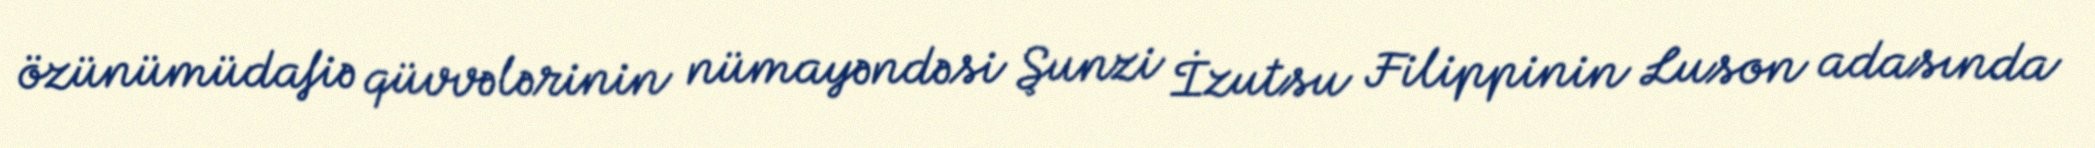
özünümüdafiə qüvvələrinin nümayəndəsi Şunzi İzutsu Filippinin Luson adasında